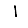
Digit: 1